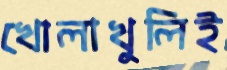
খোলাখুলিই